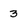
Character: 3